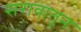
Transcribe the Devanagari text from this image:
सरावातून